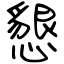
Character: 懇